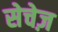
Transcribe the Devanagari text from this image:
सेचेज़